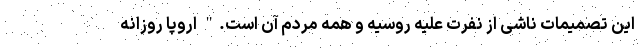
این تصمیمات ناشی از نفرت علیه روسیه و همه مردم آن است." اروپا روزانه